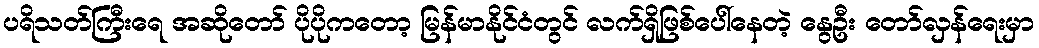
ပရိသတ်ကြီးရေ အဆိုတော် ပိုပိုကတော့ မြန်မာနိုင်ငံတွင် လက်ရှိဖြစ်ပေါ်နေတဲ့ နွေဦး တော်လှန်ရေးမှာ